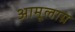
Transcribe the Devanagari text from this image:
अामूलाग्र